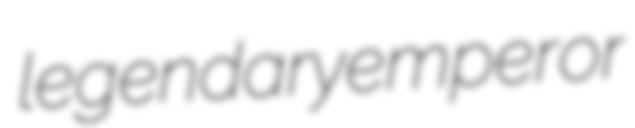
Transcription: legendary emperor